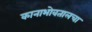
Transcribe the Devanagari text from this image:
कानाभोवतालचा